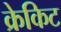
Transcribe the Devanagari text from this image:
क्रेकिट